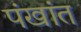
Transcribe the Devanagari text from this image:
पंखांत